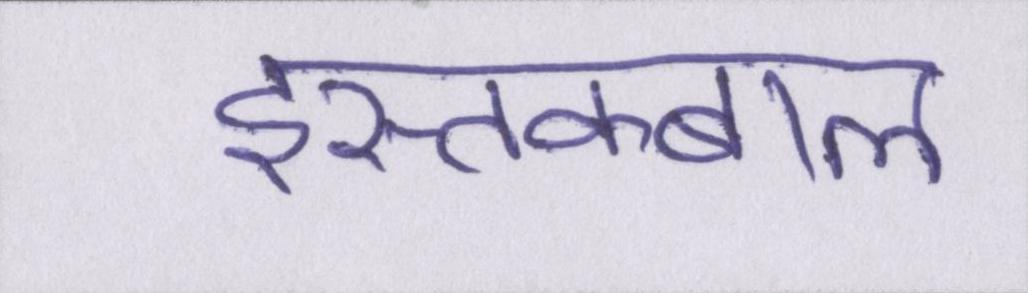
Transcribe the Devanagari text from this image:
इस्तक्बाल